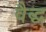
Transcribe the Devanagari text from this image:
वैद्ध